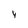
Character: 4